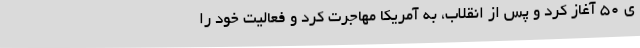
ی ۵۰ آغاز کرد و پس از انقلاب، به آمریکا مهاجرت کرد و فعالیت خود را